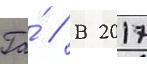
Га́ // В 2017